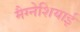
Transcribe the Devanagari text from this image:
मैग्नेशियाई